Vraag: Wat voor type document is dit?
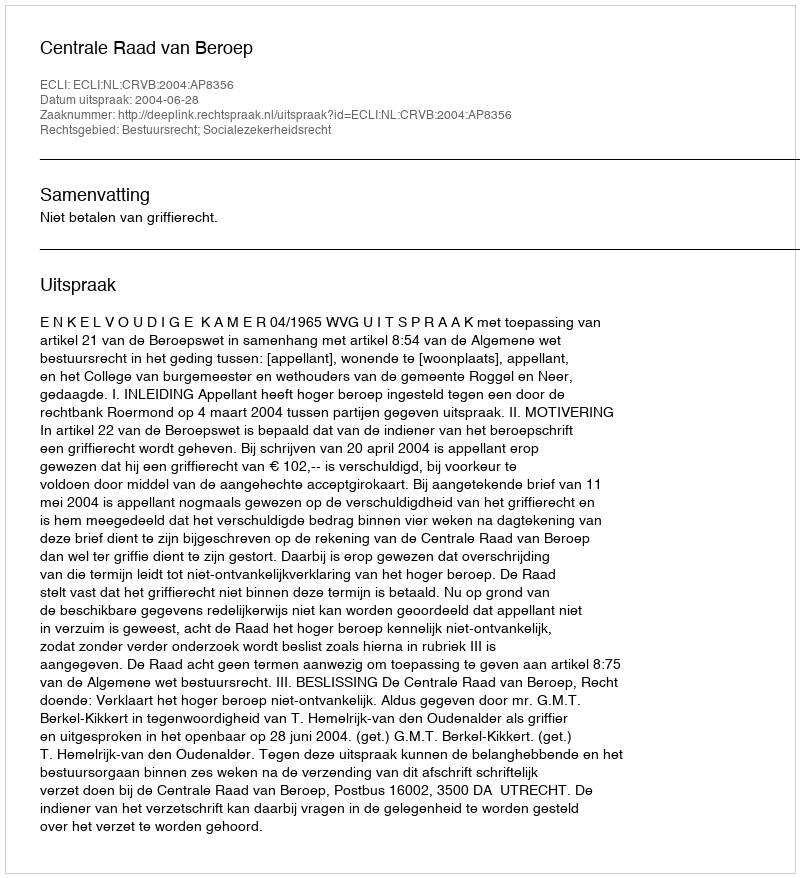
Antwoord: Uitspraak